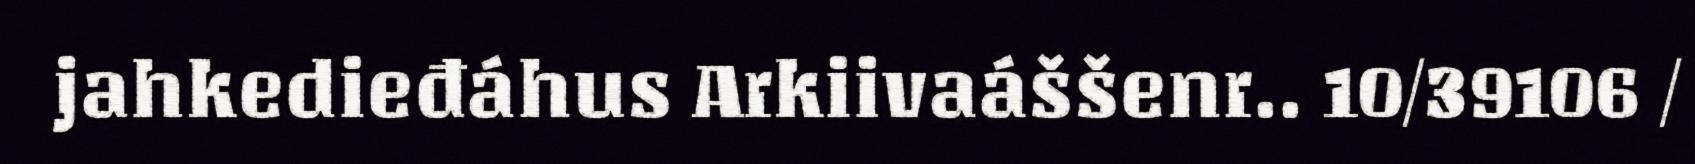
jahkedieđáhus Arkiivaáššenr.. 10/39106 /